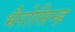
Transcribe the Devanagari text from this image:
भैरोसिन्ह